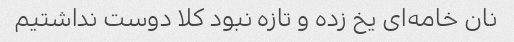
نان خامه‌ای یخ زده و تازه نبود کلا دوست نداشتیم